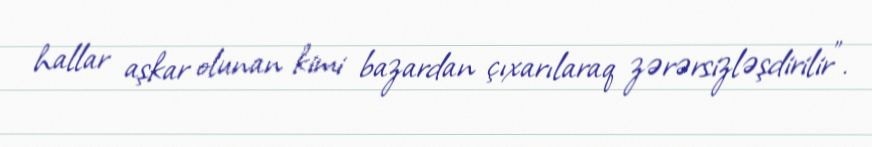
hallar aşkar olunan kimi bazardan çıxarılaraq zərərsizləşdirilir”.